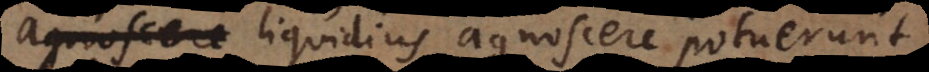
Protestantes liquidius agnoscere potuerunt,